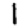
Digit: 1